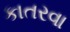
કાતરવા